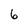
Character: 6